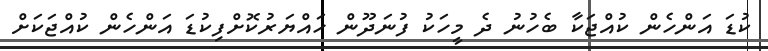
ކުޑަ އަންހެން ކުއްޖަކާ ބެހުނު ދެ މީހަކު ފުނަދޫން ހައްޔަރުކޮށްފިކުޑަ އަންހެން ކުއްޖަކަށް